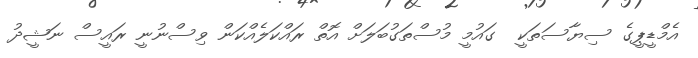
އެމްޑީޕީގެ ސިޔާސަތަކީ  ގައުމީ މުސްތަގުބަލަށް އޮތް ރައްކަލެއްކަން ވިސްނުނީ ރައީސް ނަޝީދު